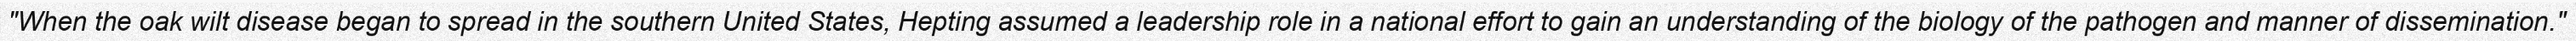
"When the oak wilt disease began to spread in the southern United States, Hepting assumed a leadership role in a national effort to gain an understanding of the biology of the pathogen and manner of dissemination."